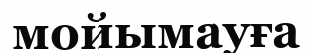
мойымауға